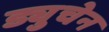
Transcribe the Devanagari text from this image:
ड्युचेन